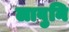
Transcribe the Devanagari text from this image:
लावुनि